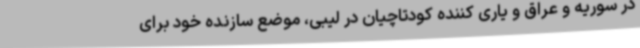
در سوریه و عراق و یاری کننده کودتاچیان در لیبی، موضع سازنده خود برای